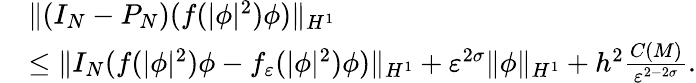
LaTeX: \begin{array}{rl}&{\| (I_{N}-P_{N})(f(|\phi|^{2})\phi)\| _{H^{1}}}\\ &{\leq\| I_{N}(f(|\phi|^{2})\phi-f_{\varepsilon}(|\phi|^{2})\phi)\| _{H^{1}}+\varepsilon^{2\sigma}\| \phi\| _{H^{1}}+h^{2}\frac{C(M)}{\varepsilon^{2-2\sigma}}.}\end{array}